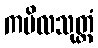
ကပိလသုတ္တံ